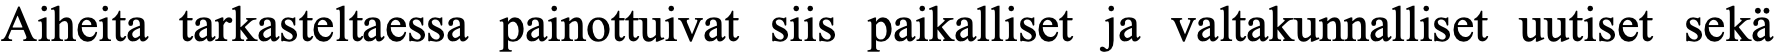
Aiheita tarkasteltaessa painottuivat siis paikalliset ja valtakunnalliset uutiset sekä